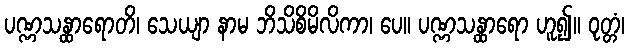
ပဏ္ဏသန္ထာရောတိ၊ သေယျာ နာမ ဘိသိစိမိလိကာ၊ ပေ။ ပဏ္ဏသန္ထာရော ဟူ၍။ ဝုတ္တံ၊